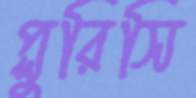
প্লুরিসি